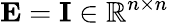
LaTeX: \mathbf{E}=\mathbf{I}\in\mathbb{R}^{n\times n}